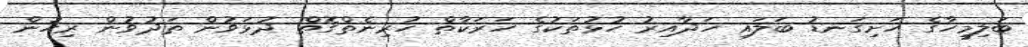
ބަލިމީހާގެ ހަށިގަނޑު ބަލައި ހަދާއިރު ހުޅުތަކުގެ ހަރަކާތް ހުރިނެތްގޮތް ދުޅަވުން ތަދުވުން ރިހުން